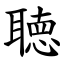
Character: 聴